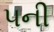
૫ની